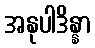
အနုပါဒိန္နာ